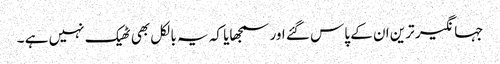
جہانگیر ترین ان کے پاس گئے اور سمجھایا کہ یہ بالکل بھی ٹھیک نہیں ہے ۔